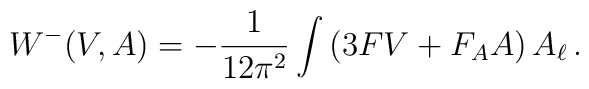
W^-(V,A)= -\frac{1}{12\pi^2}\int \left( 3FV+F_AA \right)A_\ell \,.